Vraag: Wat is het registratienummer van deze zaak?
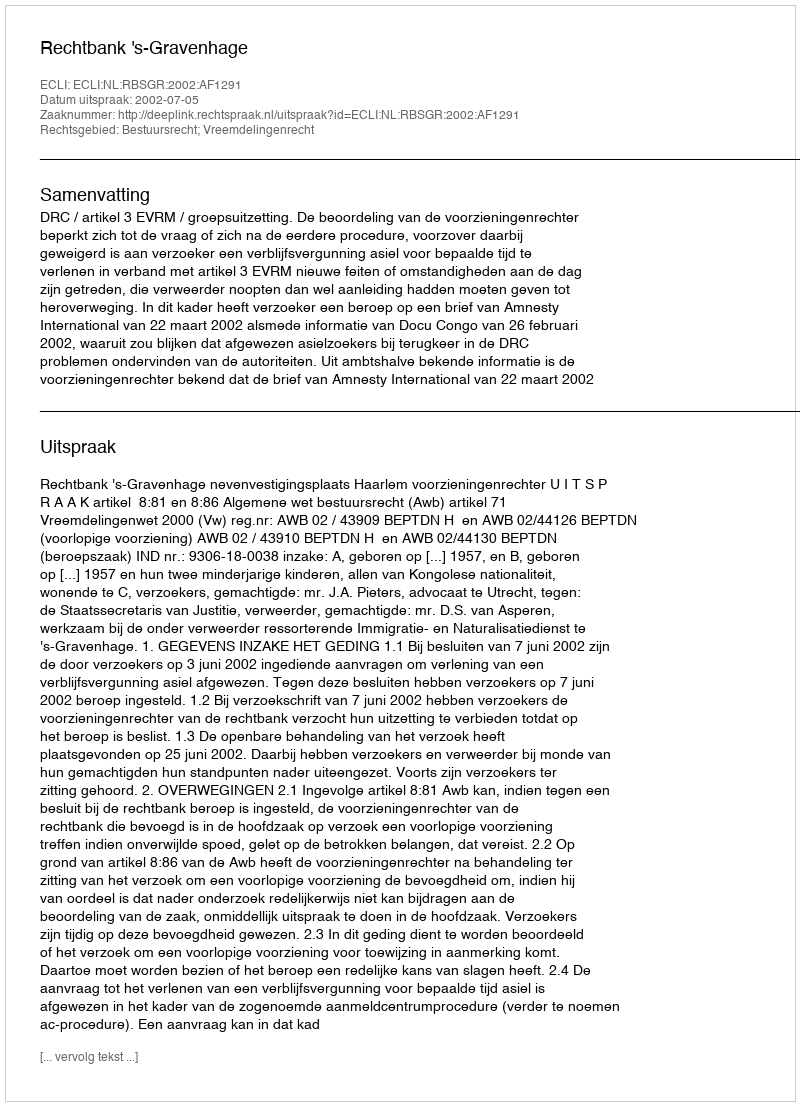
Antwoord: http://deeplink.rechtspraak.nl/uitspraak?id=ECLI:NL:RBSGR:2002:AF1291